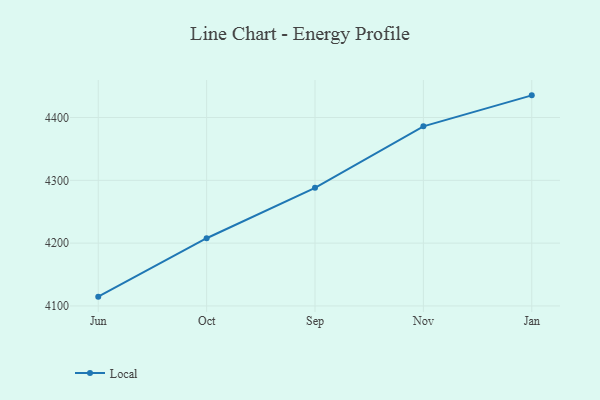
{"axis": {"x": "Month", "y": "Gross Profit (USD K)"}, "legend": ["Local"], "data": [{"x": "Jun", "y": 4114.8, "type": "Local"}, {"x": "Oct", "y": 4207.8, "type": "Local"}, {"x": "Sep", "y": 4288.1, "type": "Local"}, {"x": "Nov", "y": 4386.0, "type": "Local"}, {"x": "Jan", "y": 4435.3, "type": "Local"}]}